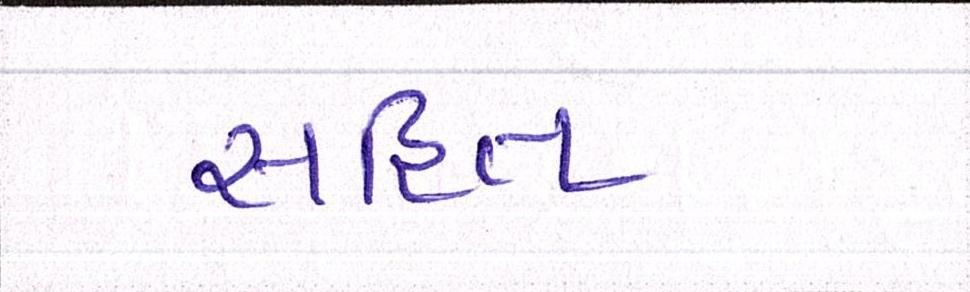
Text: સહિતનો